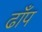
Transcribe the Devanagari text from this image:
ढाँप